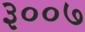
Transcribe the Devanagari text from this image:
३००७